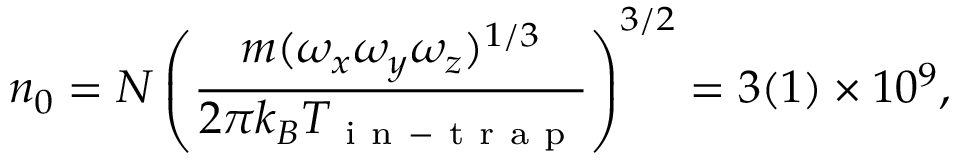
n _ { 0 } = N \left( \frac { m ( \omega _ { x } \omega _ { y } \omega _ { z } ) ^ { 1 / 3 } } { 2 \pi k _ { B } T _ { \mathrm { ~ i ~ n ~ - ~ t ~ r ~ a ~ p ~ } } } \right) ^ { 3 / 2 } = 3 ( 1 ) \times 1 0 ^ { 9 } ,